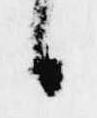
日